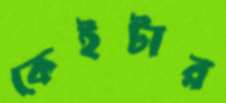
কেইটার